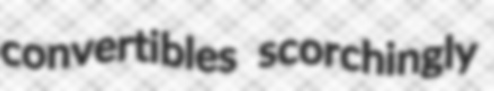
convertibles scorchingly